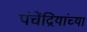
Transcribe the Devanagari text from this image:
पंचेंद्रियांच्या